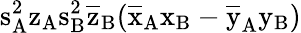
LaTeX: \mathrm{s_{A}^{2}\mathrm{z_{A}\mathrm{s_{B}^{2}\mathrm{\overline{{z}}_{B}(\mathrm{\overline{{x}}_{A}\mathrm{x_{B}-\mathrm{\overline{{y}}_{A}\mathrm{y_{B})}}}}}}}}